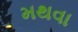
મથવા